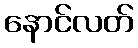
နောင်လတ်